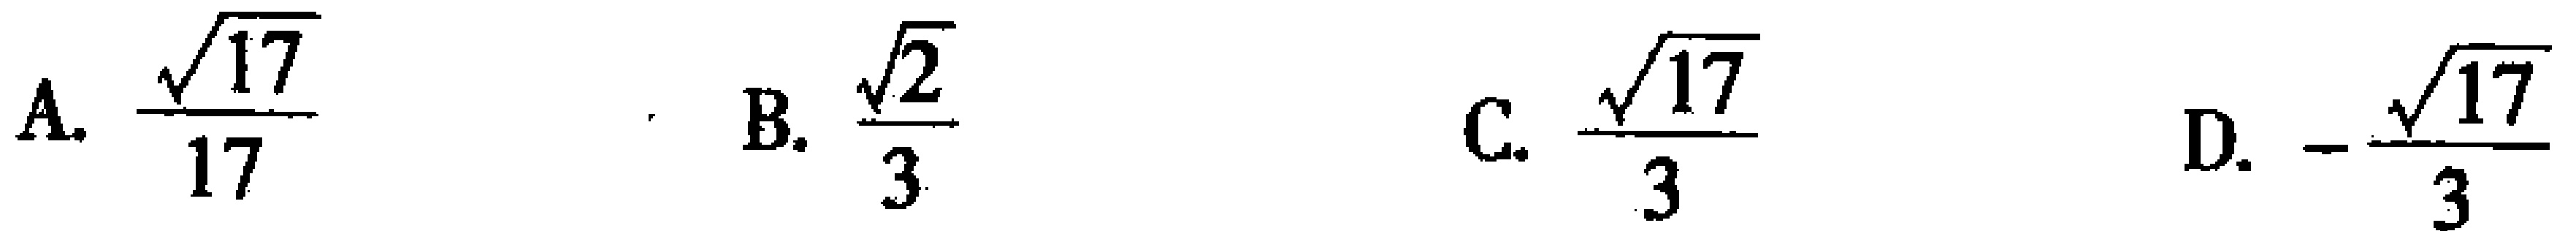
A. $\frac{\sqrt{17}}{17}$  . B. $\frac{\sqrt{2}}{3}$  C. $\frac{\sqrt{17}}{3}$  D. $-\frac{\sqrt{17}}{3}$